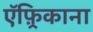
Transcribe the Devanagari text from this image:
ऍफ़्रिकाना